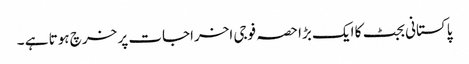
پاکستانی بجٹ کا ایک بڑا حصہ فوجی اخراجات پر خرچ ہوتا ہے ۔